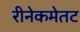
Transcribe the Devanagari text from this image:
रीनेकमेतट